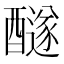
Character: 𨣢